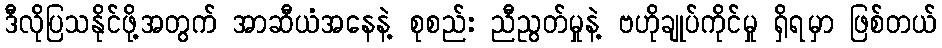
ဒီလိုပြသနိုင်ဖို့အတွက် အာဆီယံအနေနဲ့ စုစည်း ညီညွတ်မှုနဲ့ ဗဟိုချုပ်ကိုင်မှု ရှိရမှာ ဖြစ်တယ်